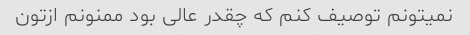
نمیتونم توصیف کنم که چقدر عالی بود ممنونم ازتون